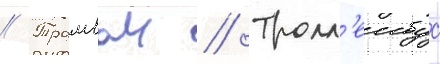
// Трамваи // Тролл'еибус